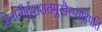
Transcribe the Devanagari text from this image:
सेनानीर्दशशतमुखैरप्यहिपति